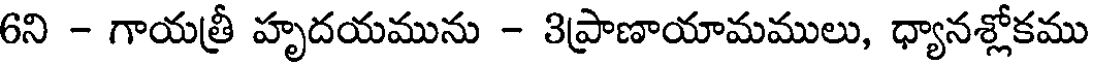
6ని - గాయత్రీ హృదయమును - 3ప్రాణాయామములు, ధ్యానశ్లోకము